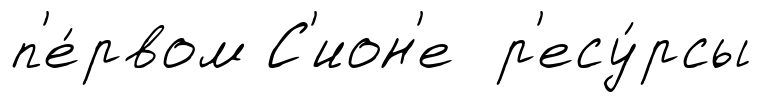
п'е́рвом С'ион'е р'есу́рсы